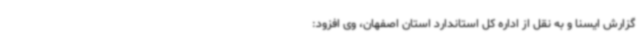
گزارش ایسنا و به نقل از اداره کل استاندارد استان اصفهان، وی افزود: